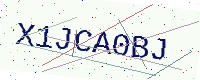
Text: X1JCA0BJ